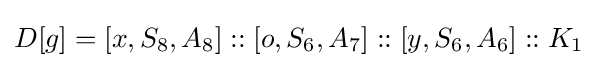
D[g]=[x,S_{8},A_{8}]::[o,S_{6},A_{7}]::[y,S_{6},A_{6}]::K_{1}